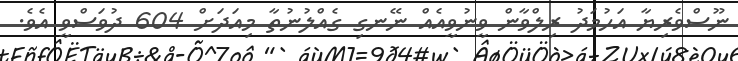
ނޫސްވެރިޔާ އަހުމަދު ރިލްވާން ވީނުވީއެއް ނޭނގި ގެއްލުނުތާ މިއަދަށް 604 ދުވަސްވީ އެވެ.